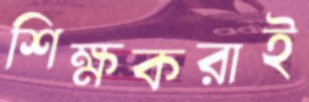
শিক্ষকরাই